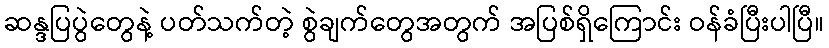
ဆန္ဒပြပွဲတွေနဲ့ ပတ်သက်တဲ့ စွဲချက်တွေအတွက် အပြစ်ရှိကြောင်း ဝန်ခံပြီးပါပြီ။